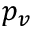
p _ { v }